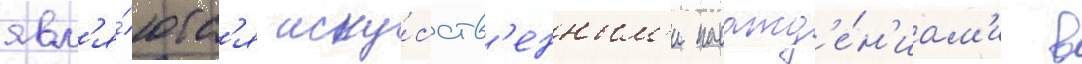
явл'я́ютс'я иску́сств'енным'и насажд'е́н'иам'и в